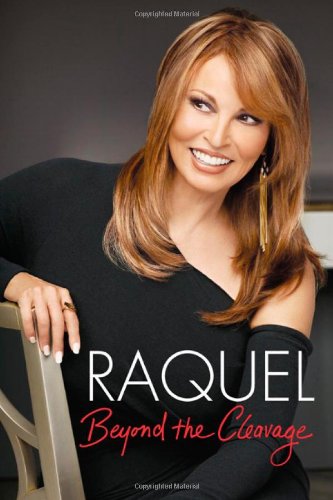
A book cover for Raquel: Beyond the Cleavage; Raquel Welch; Health, Fitness & Dieting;